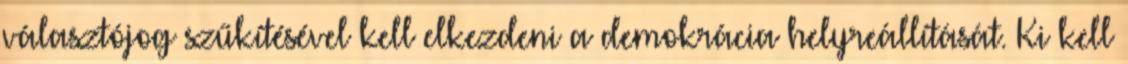
választójog szűkítésével kell elkezdeni a demokrácia helyreállítását. Ki kell